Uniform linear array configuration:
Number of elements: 24
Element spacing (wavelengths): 0.5
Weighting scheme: blackman
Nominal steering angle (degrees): -45
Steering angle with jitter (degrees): -46.819
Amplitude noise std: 0.05
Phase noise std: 0.05

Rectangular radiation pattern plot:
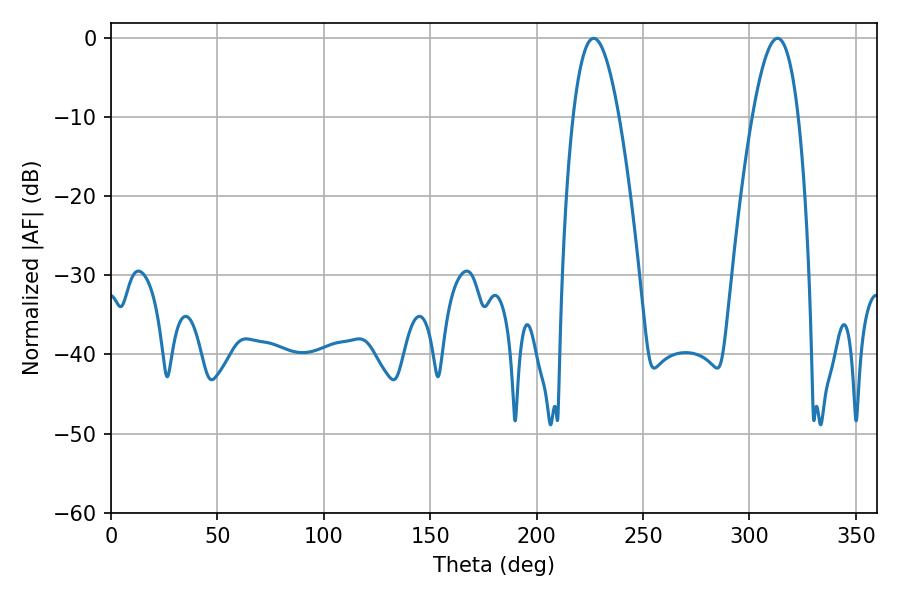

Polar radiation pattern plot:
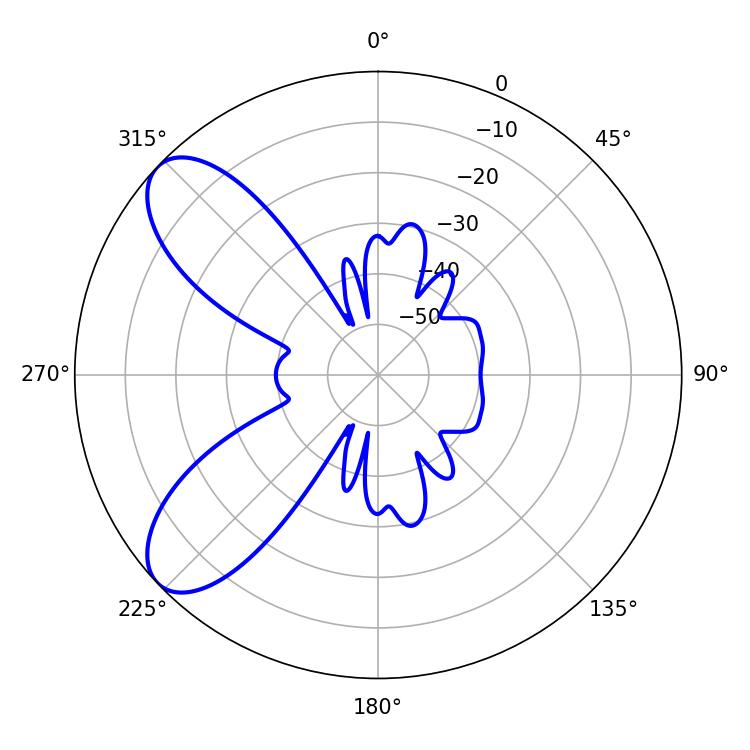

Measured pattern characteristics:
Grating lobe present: FALSE
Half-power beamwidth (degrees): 11.88
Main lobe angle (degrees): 226.8